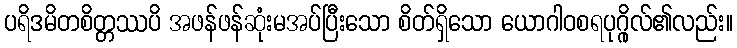
ပရိဒမိတစိတ္တဿပိ အဖန်ဖန်ဆုံးမအပ်ပြီးသော စိတ်ရှိသော ယောဂါဝစရပုဂ္ဂိုလ်၏လည်း။